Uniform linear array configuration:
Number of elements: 32
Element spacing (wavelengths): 0.25
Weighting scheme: uniform
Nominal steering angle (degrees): -30
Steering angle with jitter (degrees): -28.515
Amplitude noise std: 0.05
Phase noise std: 0.05

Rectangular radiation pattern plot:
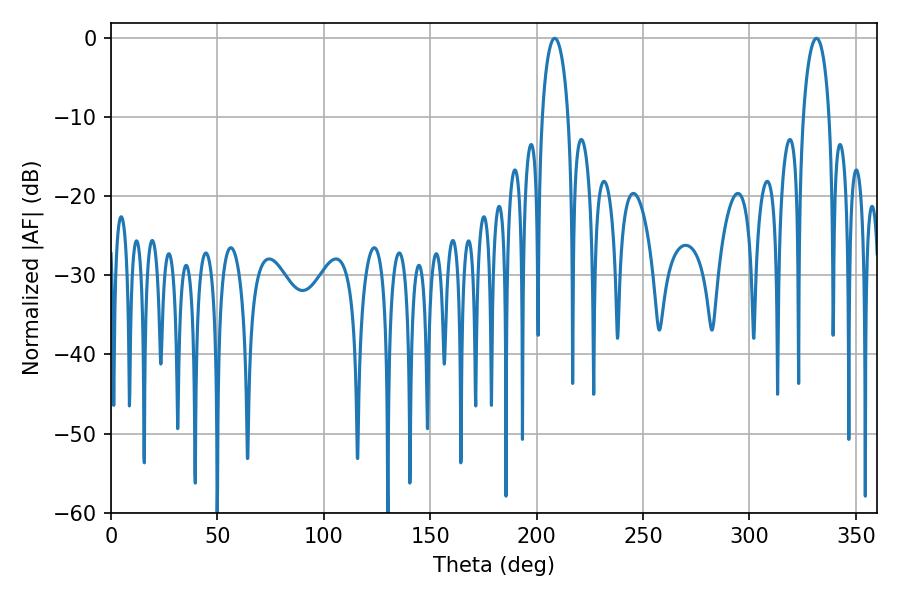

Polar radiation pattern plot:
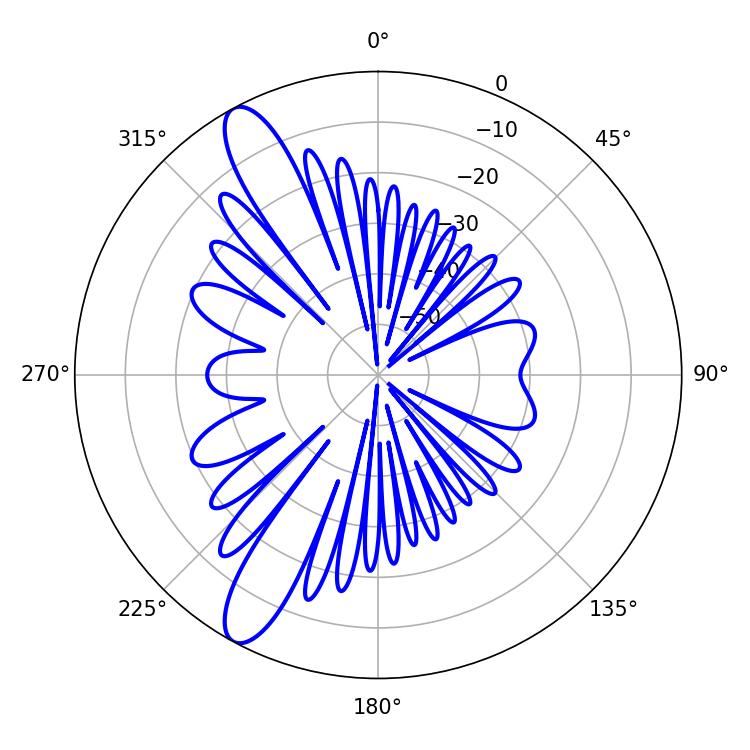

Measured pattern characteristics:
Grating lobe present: FALSE
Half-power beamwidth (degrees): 7.02
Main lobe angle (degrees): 208.44